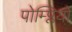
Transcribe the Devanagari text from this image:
पोम्प्लियो